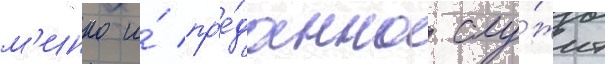
м'инко и́ пр'е́данно слу́жит